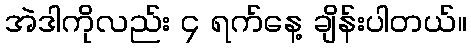
အဲဒါကိုလည်း ၄ ရက်နေ့ ချိန်းပါတယ်။